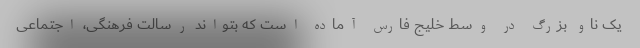
یک ناو بزرگ در وسط خلیج فارس آماده است که بتواند رسالت فرهنگی، اجتماعی